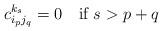
LaTeX: \begin{align*}c_{i_p j_q}^{k_s}=0 \quad \textrm{if $s > p+q$} \;\end{align*}